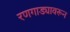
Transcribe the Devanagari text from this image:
रणगाड्यावरून